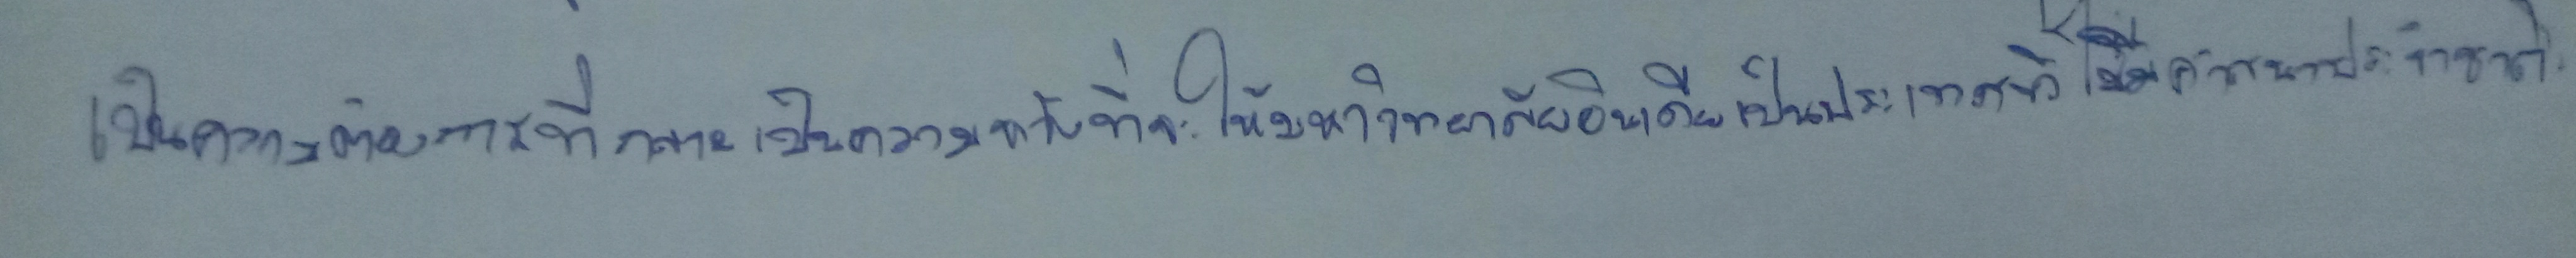
เป็นความต้องการที่กลายมาเป็นความคาดหวังที่จะให้มหาวิทยาลัยอินเดียเป็นประเทศที่ไม่มีศาสนาประจำชาติ